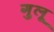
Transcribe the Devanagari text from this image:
गुलू